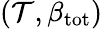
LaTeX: (\mathcal{T},\beta_{\mathrm{tot}})